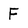
Character: F